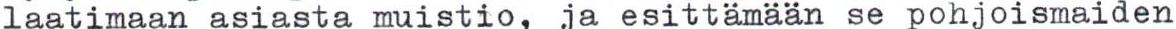
laatimaan asiasta muistio, ja esittämään se pohjoismaiden